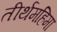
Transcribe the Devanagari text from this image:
तीर्थमहिमा